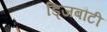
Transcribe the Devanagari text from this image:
ड्जिबौटी